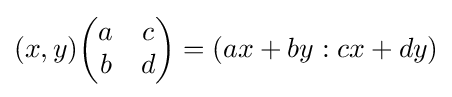
(x,y){\begin{pmatrix}a&c\\b&d\end{pmatrix}}=(ax+by:cx+dy)